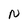
Character: N